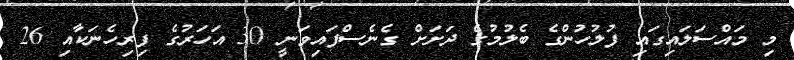
މި މައްސަލައިގައި ފުލުހުންގެ ބެލުމުގެ ދަށަށް ގެނެސްފައިވަނީ 30 އަހަރުގެ ފިރިހެނަކާއި 26